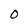
Character: 0